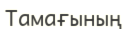
Тамағының